Leprosy in India: report of the Leprosy Commission in India, 1890-91
Year: 1890
Disease focus: Leprosy
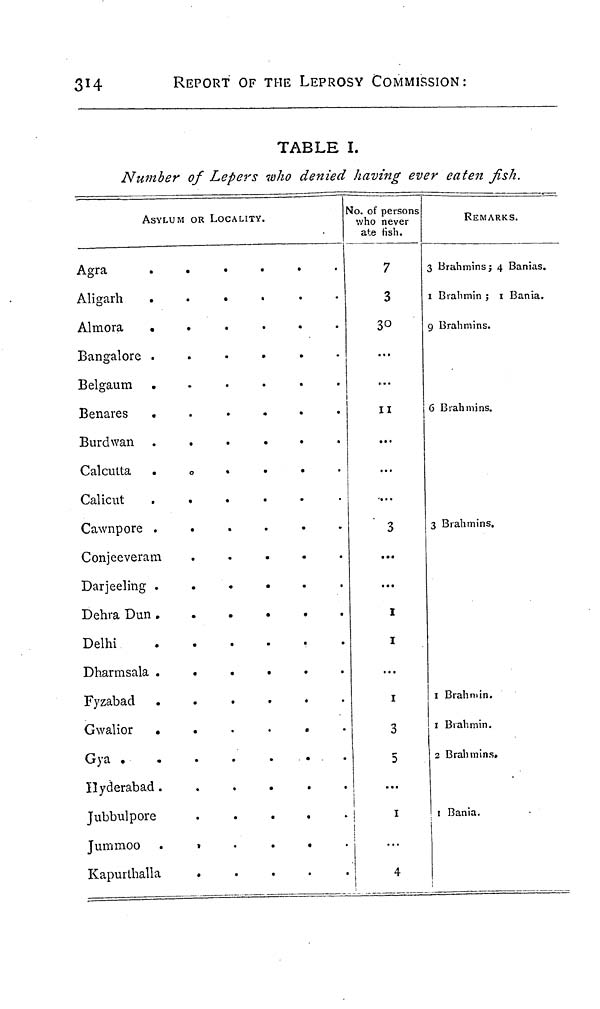
314
REPORT OF THE LEPROSY COMMISSION:
TABLE I.
Number of Lepers who denied having ever eaten fish.
ASYLUM OR LOCALITY.
A g r a
......
A l i g a r h
......
A l m o r a
......
B a n g a l o r e
......
B e l g a u m
......
B e n a r e s
.
....
B u r d w a n
......
C a l c u t t a
.
....
C a l i c u t
......
C a w n p o r e
......
C o n j e e v e r a m
.....
D a r j e e l i n g
......
D e h r a D u n
......
D e l h i
D h a r m s a l a
......
F y z a b a d
......
G w a l i o r
......
G y a
.......
H y d e r a b a d . . . . . .
J u b b u l p o r e
.
J u m m o o
......
Kapurthalla
.
No. of persons
who never
ate fish.
7
3
3°.
..
...
11
...
...
...
3
...
...
1
1
...
1
3
5
...
1
4
REMARKS.
3 Brahmins; 4 Banias.
1 Brahmin ; 1 Bania.
9 Brahmins.
6 Brahmins.
3 Brahmins.
1 Brahmin.
1 Brahmin.
2 Brahmins.
1 Bania.
!